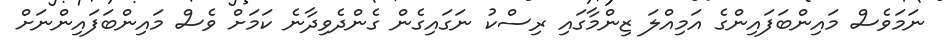
ނަމަވެސް މައިންބަފައިންގެ އަމިއްލަ ޒިންމާގައި ރިސްކު ނަގައިގެން ގެންދެވިދާނެ ކަމަށް ވެސް މައިންބަފައިންނަށް